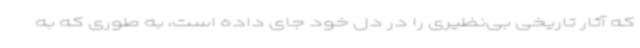
که آثار تاریخی بی‌نظیری را در دل خود جای داده است، به ‌طوری ‌که به